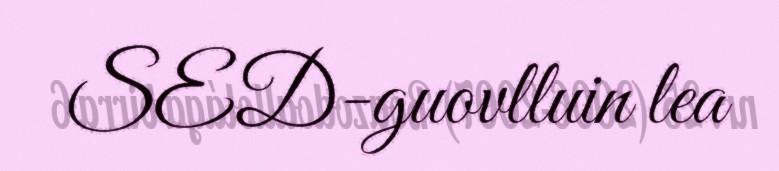
SED-guovlluin lea